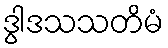
ဒွါဒသသတိမံ